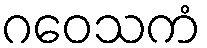
ဂဝေသကံ